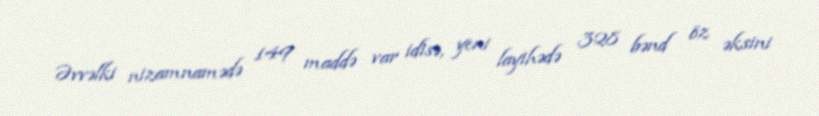
Əvvəlki nizamnamədə 149 maddə var idisə, yeni layihədə 328 bənd öz əksini